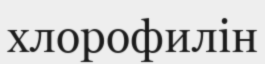
хлорофилін